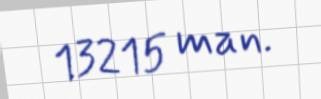
13215 man.